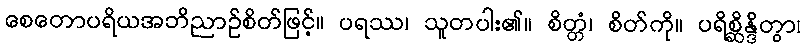
စေတောပရိယအဘိညာဉ်စိတ်ဖြင့်။ ပရဿ၊ သူတပါး၏။ စိတ္တံ၊ စိတ်ကို။ ပရိစ္ဆိန္ဒိတွာ၊